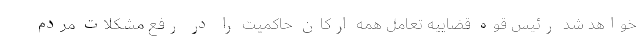
خواهد شد رئیس قوه قضاییه تعامل همه ارکان حاکمیت را در رفع مشکلات مردم